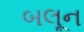
બલૂન